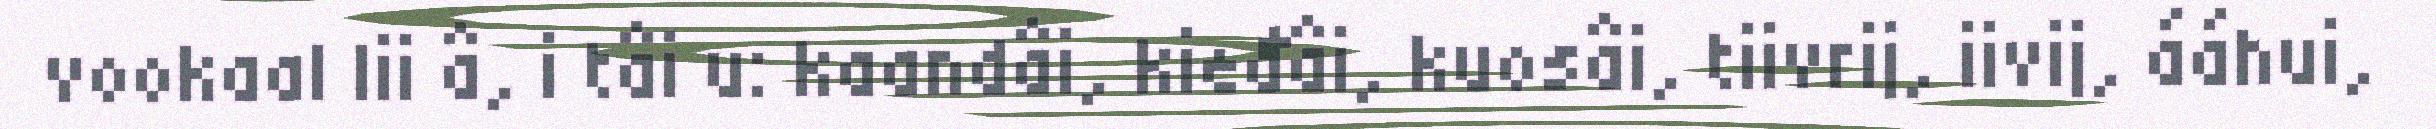
vookaal lii â, i tâi u: kaandâi, kieđâi, kuosâi, tiivrij, iivij, ááhui,